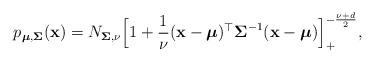
LaTeX: \begin{align*}p_{{\boldsymbol{\mu}},\boldsymbol{\Sigma}} ({\bf{x}}) = N_{\boldsymbol{\Sigma},\nu} \Big[ 1 + \frac{1}{\nu} ({\bf{x}} - {\boldsymbol{\mu}})^\top \boldsymbol{\Sigma} ^{-1} ({\bf{x}} - {\boldsymbol{\mu}}) \Big]_+ ^{-\frac{\nu + d}{2}},\end{align*}